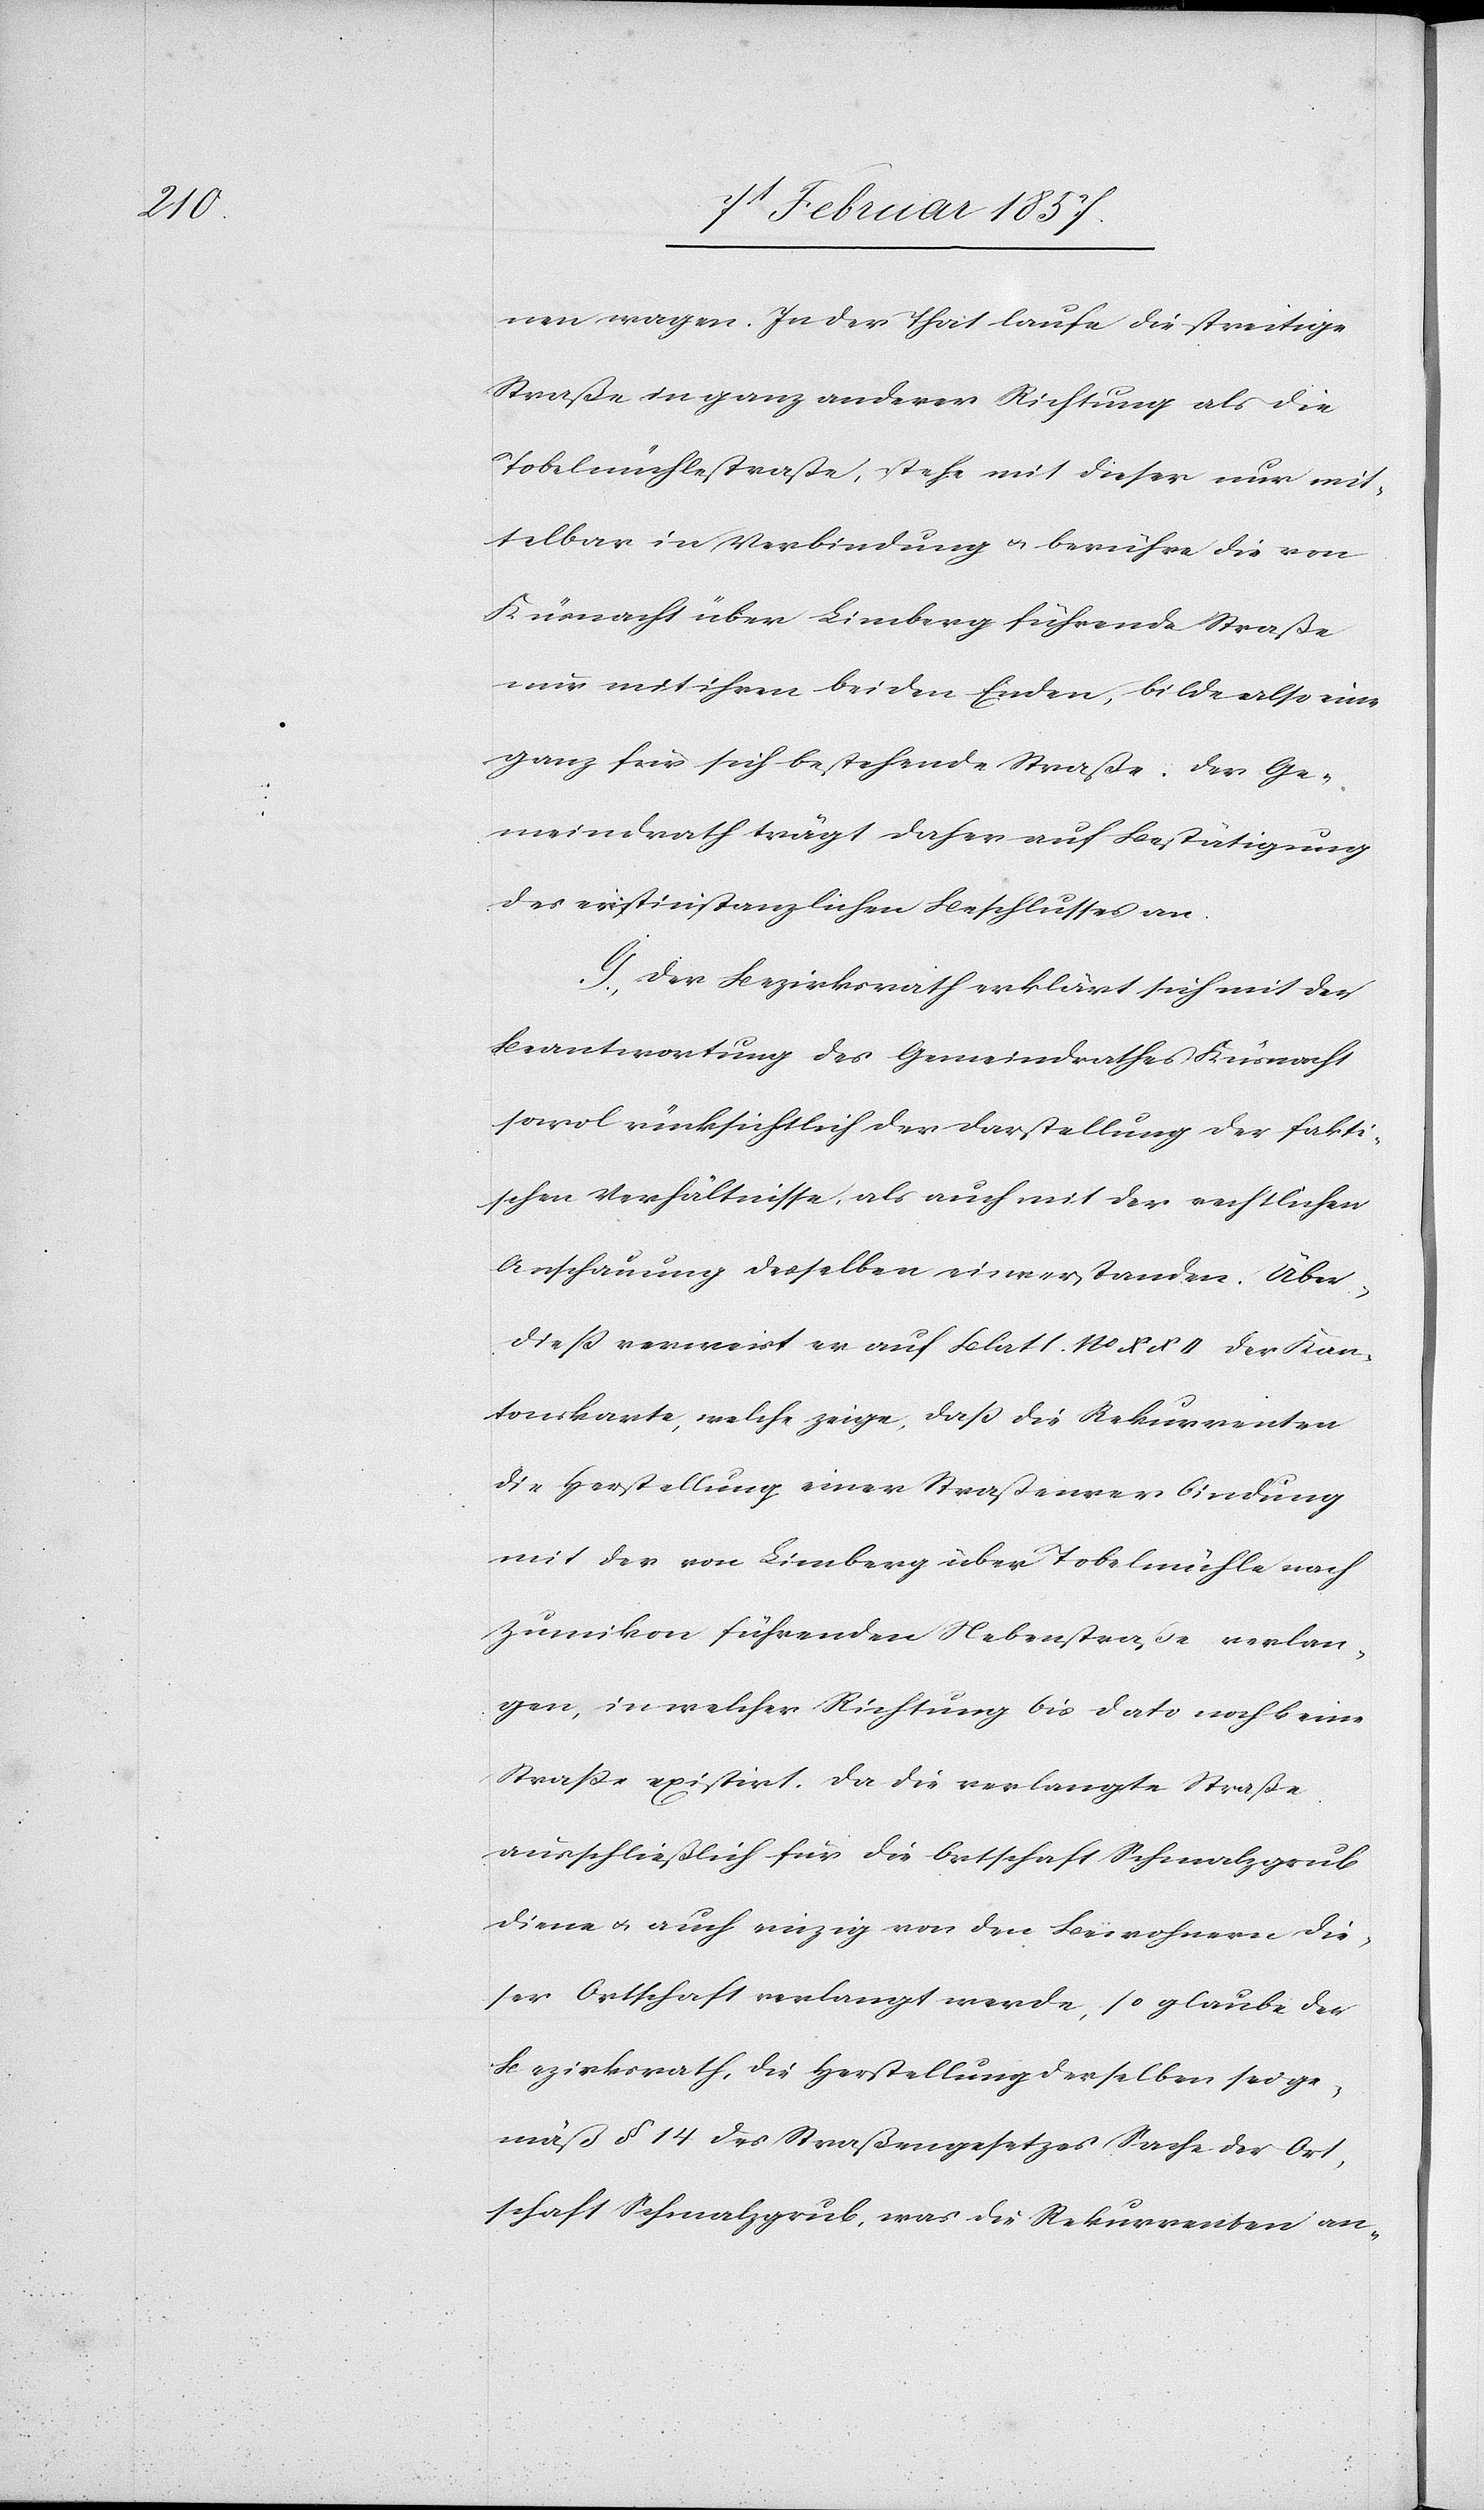
nen wagen. In der That laufe die streitige
Straße in ganz anderer Richtung als die
Tobelmühlestrasse, stehe mit dieser nur mit¬
telbar in Verbindung u. berühre die von
Küsnacht über Limberg führende Straße
nur mit ihren beiden Enden, bilde also eine
ganz für sich bestehende Straße. Der Ge¬
meindrath trägt daher auf Bestätigung
des erstinstanzlichen Beschlusses an.
G. Der Bezirksrath erklärt sich mit der
Beantwortung des Gemeindrathes Küsnacht
sowol rücksichtlich der Darstellung der fakti¬
schen Verhältnisse, als auch mit der rechtlichen
Anschauung derselben einverstanden. Über¬
diess verweist er auf Blatt No XXII der Kan¬
tonskarte, welche zeige, dass die Rekurrenten
die Herstellung einer Strassenverbindung
mit der von Limberg über Tobelmühle nach
Zumikon führenden Nebenstrasse verlan¬
gen, in welcher Richtung bis dato noch keine
Strasse existirt. Da die verlangte Straße
ausschließlich für die Ortschaft Schmalzgrub
diene u. auch einzig von den Bewohnern die¬
ser Ortschaft verlangt werde, so glaube der
Bezirksrath, die Herstellung derselben sei ge¬
mäß § 14. des Straßengesetzes Sache der Ort¬
schaft Schmalzgrub, was die Rekurrenten an-